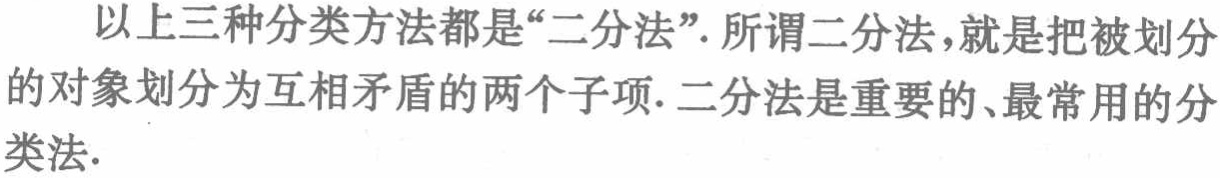
以上三种分类方法都是“二分法”. 所谓二分法，就是把被划分的对象划分为互相矛盾的两个子项. 二分法是重要的、最常用的分类法.